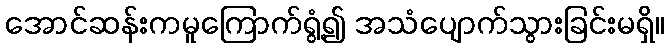
အောင်ဆန်းကမူကြောက်ရွံ့၍ အသံပျောက်သွားခြင်းမရှိ။